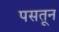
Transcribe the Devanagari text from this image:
पसतून